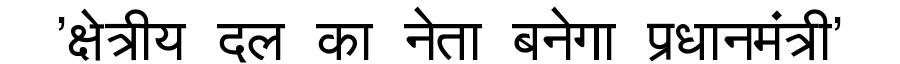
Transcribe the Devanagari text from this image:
'क्षेत्रीय दल का नेता बनेगा प्रधानमंत्री'